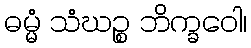
ဓမ္မံ သံဃဉ္စ ဘိက္ခဝေါ၊